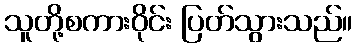
သူတို့စကားဝိုင်း ပြတ်သွားသည်။